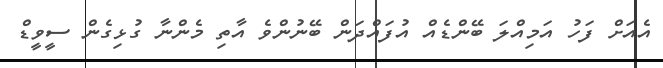
އެއަށް ފަހު އަމިއްލަ ބޭންޑެއް އުފައްދަން ބޭނުންވެ އާތި މެންނާ ގުޅިގެން ސީވީޑް